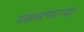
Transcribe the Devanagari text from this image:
ढकलणाऱ्या